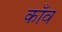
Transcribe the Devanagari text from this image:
काँव